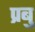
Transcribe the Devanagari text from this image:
प्रबु